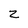
Character: z